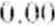
0.00